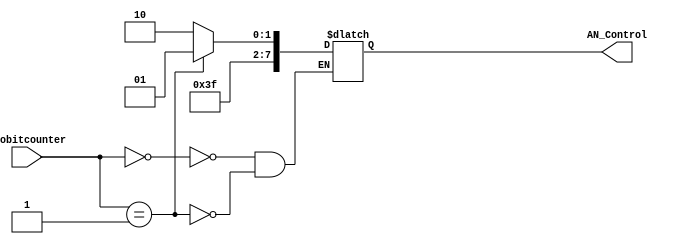
`timescale 1ns / 1ps
//////////////////////////////////////////////////////////////////////////////////
// Company: 
// Engineer: 
// 
// Design Name: 
// Module Name: two_four_decoder
// Project Name: 
// Target Devices: 
// Tool Versions: 
// Description: 
// 
// Dependencies: 
// 
// Revision:
// Revision 0.01 - File Created
// Additional Comments:
// 
//////////////////////////////////////////////////////////////////////////////////


module two_four_decoder(
    input [1:0] twobitcounter,
    output reg [7:0] AN_Control
    );
 always @ (twobitcounter)
 begin
        case(twobitcounter)
        0: AN_Control = 8'b11111110;
        1: AN_Control= 8'b11111101;
        endcase
end
endmodule